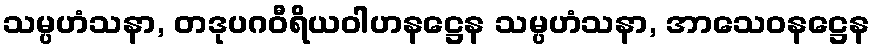
သမ္ပဟံသနာ, တဒုပဂဝီရိယဝါဟနဋ္ဌေန သမ္ပဟံသနာ, အာသေဝနဋ္ဌေန